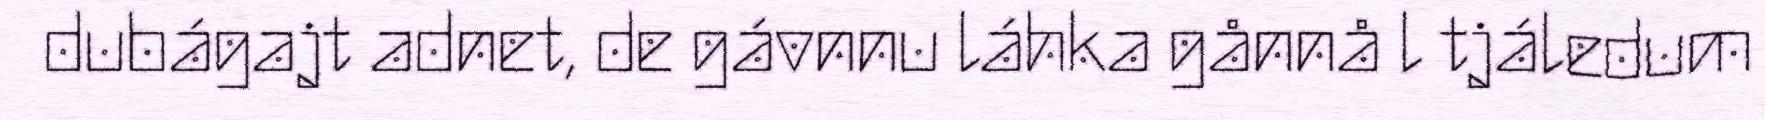
dubágajt adnet, de gávnnu láhka gånnå l tjáledum